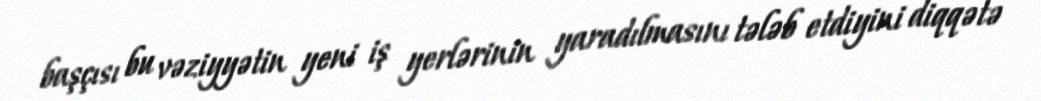
başçısı bu vəziyyətin yeni iş yerlərinin yaradılmasını tələb etdiyini diqqətə